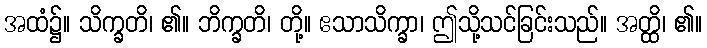
အထံ၌။ သိက္ခတိ၊ ၏။ ဘိက္ခတိ၊ တို့။ ဧသာသိက္ခာ၊ ဤသို့သင်ခြင်းသည်။ အတ္ထိ၊ ၏။